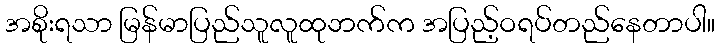
အစိုးရသာ မြန်မာပြည်သူလူထုဘက်က အပြည့်ဝရပ်တည်နေတာပါ။